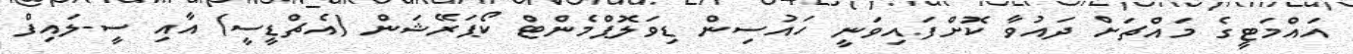
އައްމަޓީގެ މައްޗަށް ދައުވާ ކޮށްފައިވަނީ ހައުސިން ޑިވަލޮޕްމެންޓް ކޯޕަރޭޝަން (އެޗްޑީސީ) އާއި ސީ-ލައިފް